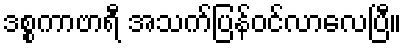
ဒစ္စကာဗာရီ အသက်ပြန်ဝင်လာလေပြီ။